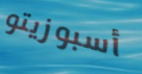
أسبوزيتو